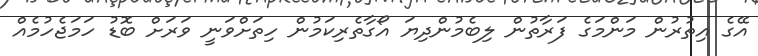
އޭގެ އިތުރުން މަންމަގެ ފަރާތުން ލިބެމުންދިޔަ އޯގާތެރިކަމުން ހިތަށްވަނީ ވަރަށް ބޮޑު ހަމަޖެހުމެއް